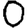
Digit: 0